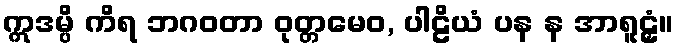
ဣဒမ္ပိ ကိရ ဘဂဝတာ ဝုတ္တမေဝ, ပါဠိယံ ပန န အာရူဠှံ။